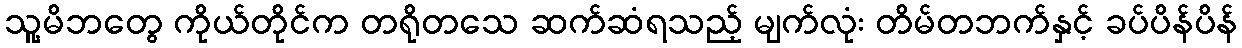
သူ့မိဘတွေ ကိုယ်တိုင်က တရိုတသေ ဆက်ဆံရသည့် မျက်လုံး တိမ်တဘက်နှင့် ခပ်ပိန်ပိန်